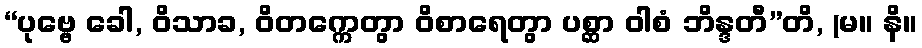
“ပုဗ္ဗေ ခေါ, ဝိသာခ, ဝိတက္ကေတွာ ဝိစာရေတွာ ပစ္ဆာ ဝါစံ ဘိန္ဒတီ”တိ, (မ။ နိ။